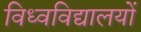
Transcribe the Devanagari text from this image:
विध्वविद्यालयों